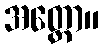
အတ္ထော။